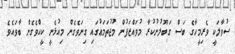
ސުވާލަކީ ވެރިމީހާގެ ބަސް ގަބޫލުނުކުރާ މުވައްޒަފުން މުޖުތަމަޢުގައި ގިނަވެގެން މިއުޅެނީ ކީއްވެގެން ބާވައެވެ